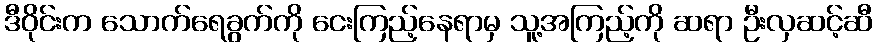
ဒီဝိုင်းက သောက်ရေခွက်ကို ငေးကြည့်နေရာမှ သူ့အကြည့်ကို ဆရာ ဦးလှဆင့်ဆီ